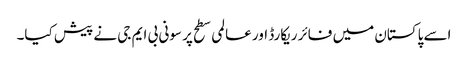
اسے پاکستان میں فائر ریکارڈ اور عالمی سطح پر سونی بی ایم جی نے پیش کیا۔